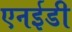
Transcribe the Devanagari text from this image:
एनईडी